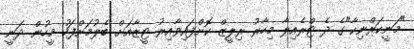
"މަނީކަރްނިކާ"ގެ ދެ ޓްރެއިލާ މިހާރު ރިލީޒް ކޮށްފައިވާއިރު ޓީޒާއަށް ބެލުމަށްފަހު މީހުން ދަނީ